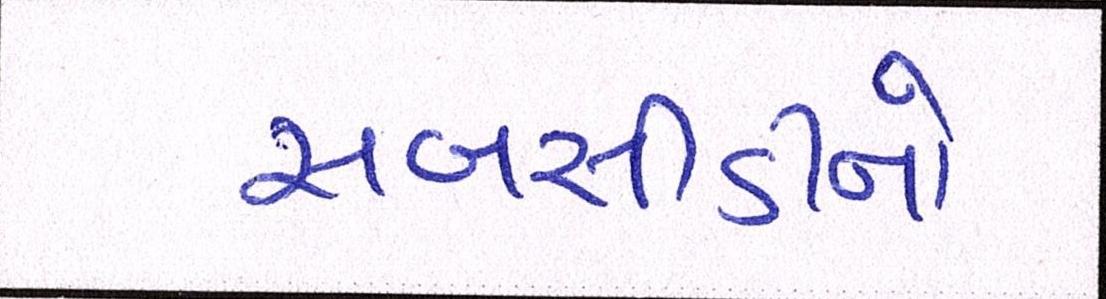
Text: સબસીડીનો